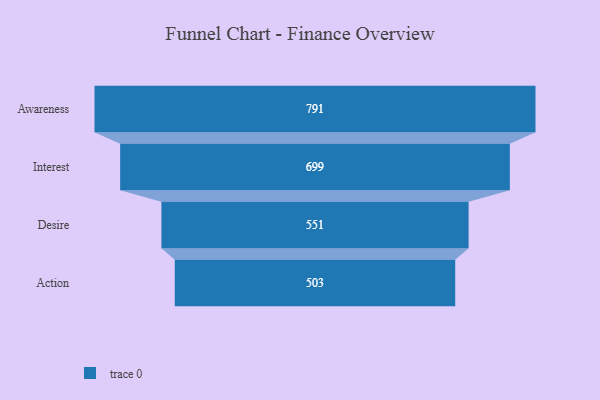
{"axis": {"x": "Stage", "y": "Value"}, "legend": [""], "data": [{"x": "Awareness", "y": 791.0, "type": ""}, {"x": "Interest", "y": 699.0, "type": ""}, {"x": "Desire", "y": 551.0, "type": ""}, {"x": "Action", "y": 503.0, "type": ""}]}